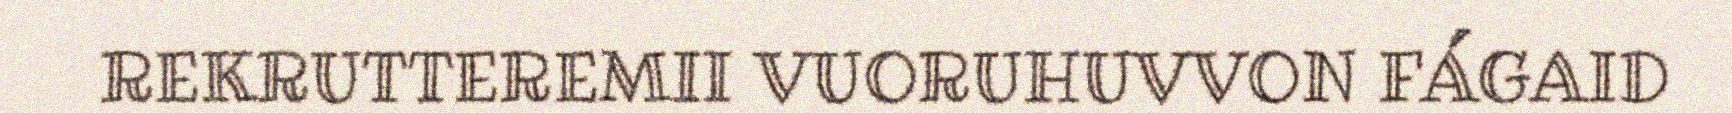
REKRUTTEREMII VUORUHUVVON FÁGAID